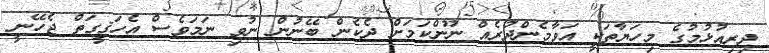
ދިރިއުޅުމުގެ މިހަޔާތަކީ އަވާމެންދުރެއް ނޫންކަމަށް ދެކެން ބޭނުން ނުވި ނަމަވެސް އެހަޤީގަތް ޖެހޭނީ